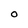
Character: O